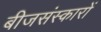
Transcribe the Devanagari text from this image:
बीजसंस्कारों